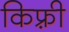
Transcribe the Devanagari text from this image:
किफ़्री